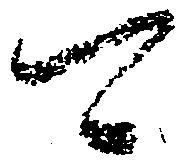
可